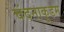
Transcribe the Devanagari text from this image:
चंदनाकुडम